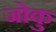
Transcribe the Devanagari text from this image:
जोकु